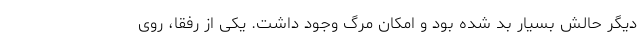
دیگر حالش بسیار بد شده بود و امکان مرگ وجود داشت. یکی از رفقا، روی